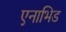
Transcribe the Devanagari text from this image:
एनाभिड